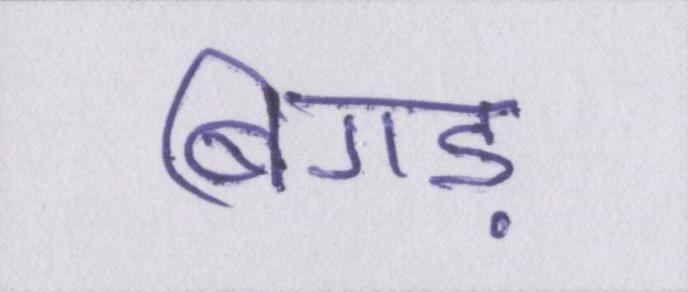
बिगड़